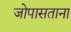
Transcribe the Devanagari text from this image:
जोपासताना